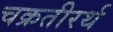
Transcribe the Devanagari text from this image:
चक्रतीरर्थ